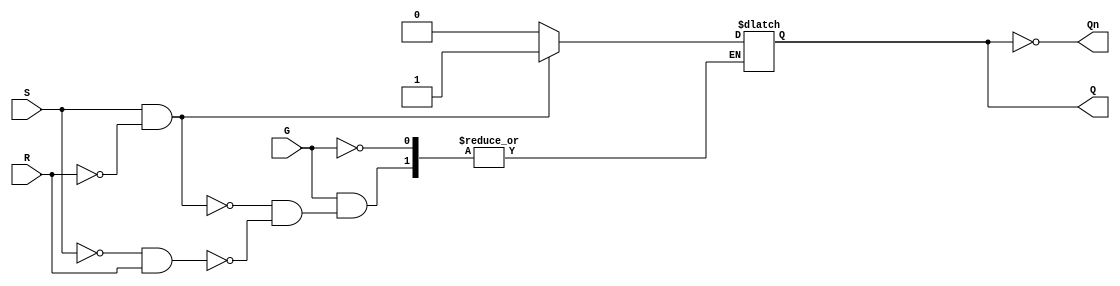
module gated_sr_latch (
    input wire S,    // Set input
    input wire R,    // Reset input
    input wire G,    // Gate input (enable)
    output reg Q,    // Output Q
    output wire Qn   // Output Q' (complement of Q)
);

    assign Qn = ~Q; // Complement of Q

    always @(G or S or R) begin
        if (G) begin
            if (S && !R) begin
                Q <= 1;  // Set state
            end else if (!S && R) begin
                Q <= 0;  // Reset state
            end else if (!S && !R) begin
                // Hold state (do nothing)
                // Q retains its previous value
            end else begin
                // Invalid state (both S and R high)
                // This condition is not handled to avoid latching to an undefined state
                // You might choose to add a warning or error signal here
            end
        end
        // If G is low, Q retains its previous value (hold state)
    end

endmodule